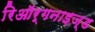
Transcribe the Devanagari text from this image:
रिऑर्गनाइज़्ड